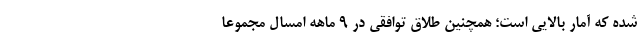
شده که آمار بالایی است؛ همچنین طلاق توافقی در ۹ ماهه امسال مجموعا